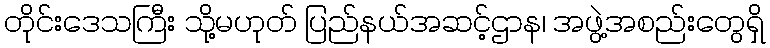
တိုင်းဒေသကြီး သို့မဟုတ် ပြည်နယ်အဆင့်ဌာန၊ အဖွဲ့အစည်းတွေရှိ